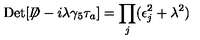
\mathrm { D e t } [ \not \! \! D - i \lambda \gamma _ { 5 } \tau _ { a } ] = \prod _ { j } ( \epsilon _ { j } ^ { 2 } + \lambda ^ { 2 } )